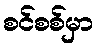
စင်စစ်မှာ